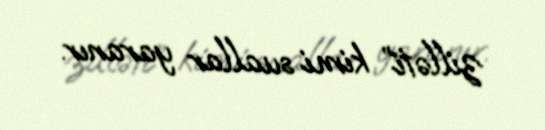
zilləti” kimi suallar yaranır.